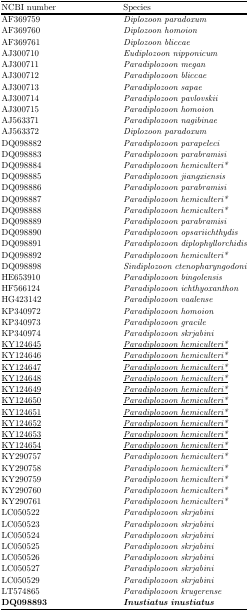
<table><thead><tr><td><b>NCBI number</b></td><td><b>Species</b></td></tr></thead><tbody><tr><td>AF369759</td><td><i>Diplozoon paradoxum</i></td></tr><tr><td>AF369760</td><td><i>Diplozoon homoion</i></td></tr><tr><td>AF369761</td><td><i>Diplozoon bliccae</i></td></tr><tr><td>AJ300710</td><td><i>Eudiplozoon nipponicum</i></td></tr><tr><td>AJ300711</td><td><i>Paradiplozoon megan</i></td></tr><tr><td>AJ300712</td><td><i>Paradiplozoon bliccae</i></td></tr><tr><td>AJ300713</td><td><i>Paradiplozoon sapae</i></td></tr><tr><td>AJ300714</td><td><i>Paradiplozoon pavlovskii</i></td></tr><tr><td>AJ300715</td><td><i>Paradiplozoon homoion</i></td></tr><tr><td>AJ563371</td><td><i>Paradiplozoon nagibinae</i></td></tr><tr><td>AJ563372</td><td><i>Diplozoon paradoxum</i></td></tr><tr><td>DQ098882</td><td><i>Paradiplozoon parapeleci</i></td></tr><tr><td>DQ098883</td><td><i>Paradiplozoon parabramisi</i></td></tr><tr><td>DQ098884</td><td><i>Paradiplozoon hemiculteri*</i></td></tr><tr><td>DQ098885</td><td><i>Paradiplozoon jiangxiensis</i></td></tr><tr><td>DQ098886</td><td><i>Paradiplozoon parabramisi</i></td></tr><tr><td>DQ098887</td><td><i>Paradiplozoon hemiculteri*</i></td></tr><tr><td>DQ098888</td><td><i>Paradiplozoon hemiculteri*</i></td></tr><tr><td>DQ098889</td><td><i>Paradiplozoon parabramisi</i></td></tr><tr><td>DQ098890</td><td><i>Paradiplozoon opsariichthydis</i></td></tr><tr><td>DQ098891</td><td><i>Paradiplozoon diplophyllorchidis</i></td></tr><tr><td>DQ098892</td><td><i>Paradiplozoon hemiculteri*</i></td></tr><tr><td>DQ098898</td><td><i>Sindiplozoon ctenopharyngodoni</i></td></tr><tr><td>HE653910</td><td><i>Paradiplozoon bingolensis</i></td></tr><tr><td>HF566124</td><td><i>Paradiplozoon ichthyoxanthon</i></td></tr><tr><td>HG423142</td><td><i>Paradiplozoon vaalense</i></td></tr><tr><td>KP340972</td><td><i>Paradiplozoon homoion</i></td></tr><tr><td>KP340973</td><td><i>Paradiplozoon gracile</i></td></tr><tr><td>KP340974</td><td><i>Paradiplozoon skrjabini</i></td></tr><tr><td><underline>KY124645</underline></td><td><i><underline>Paradiplozoon hemiculteri*</underline></i></td></tr><tr><td><underline>KY124646</underline></td><td><i><underline>Paradiplozoon hemiculteri*</underline></i></td></tr><tr><td><underline>KY124647</underline></td><td><i><underline>Paradiplozoon hemiculteri*</underline></i></td></tr><tr><td><underline>KY124648</underline></td><td><i><underline>Paradiplozoon hemiculteri*</underline></i></td></tr><tr><td><underline>KY124649</underline></td><td><i><underline>Paradiplozoon hemiculteri*</underline></i></td></tr><tr><td><underline>KY124650</underline></td><td><i><underline>Paradiplozoon hemiculteri*</underline></i></td></tr><tr><td><underline>KY124651</underline></td><td><i><underline>Paradiplozoon hemiculteri*</underline></i></td></tr><tr><td><underline>KY124652</underline></td><td><i><underline>Paradiplozoon hemiculteri*</underline></i></td></tr><tr><td><underline>KY124653</underline></td><td><i><underline>Paradiplozoon hemiculteri*</underline></i></td></tr><tr><td><underline>KY124654</underline></td><td><i><underline>Paradiplozoon hemiculteri*</underline></i></td></tr><tr><td>KY290757</td><td><i>Paradiplozoon hemiculteri*</i></td></tr><tr><td>KY290758</td><td><i>Paradiplozoon hemiculteri*</i></td></tr><tr><td>KY290759</td><td><i>Paradiplozoon hemiculteri*</i></td></tr><tr><td>KY290760</td><td><i>Paradiplozoon hemiculteri*</i></td></tr><tr><td>KY290761</td><td><i>Paradiplozoon hemiculteri*</i></td></tr><tr><td>LC050522</td><td><i>Paradiplozoon skrjabini</i></td></tr><tr><td>LC050523</td><td><i>Paradiplozoon skrjabini</i></td></tr><tr><td>LC050524</td><td><i>Paradiplozoon skrjabini</i></td></tr><tr><td>LC050525</td><td><i>Paradiplozoon skrjabini</i></td></tr><tr><td>LC050526</td><td><i>Paradiplozoon skrjabini</i></td></tr><tr><td>LC050527</td><td><i>Paradiplozoon skrjabini</i></td></tr><tr><td>LC050529</td><td><i>Paradiplozoon skrjabini</i></td></tr><tr><td>LT574865</td><td><i>Paradiplozoon krugerense</i></td></tr><tr><td><b>DQ098893</b></td><td><b><i>Inustiatus inustiatus</i></b></td></tr></tbody></table>